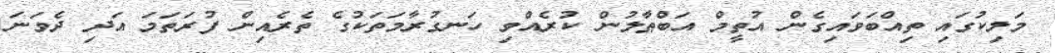
މަލިކުގައި ތިއްބަވައިގެން އުތީމް އަބްޠާލުން ކުރެއްވި ހަނގުރާމަތަކުގެ ތެރެއިން ފުރަތަމަ އަދި ދެވަނަ